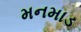
મનમાડ